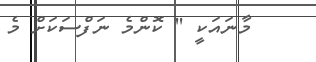
މާނައަކީ '' ކޮންމެ ނަފްސަކަށް މެ